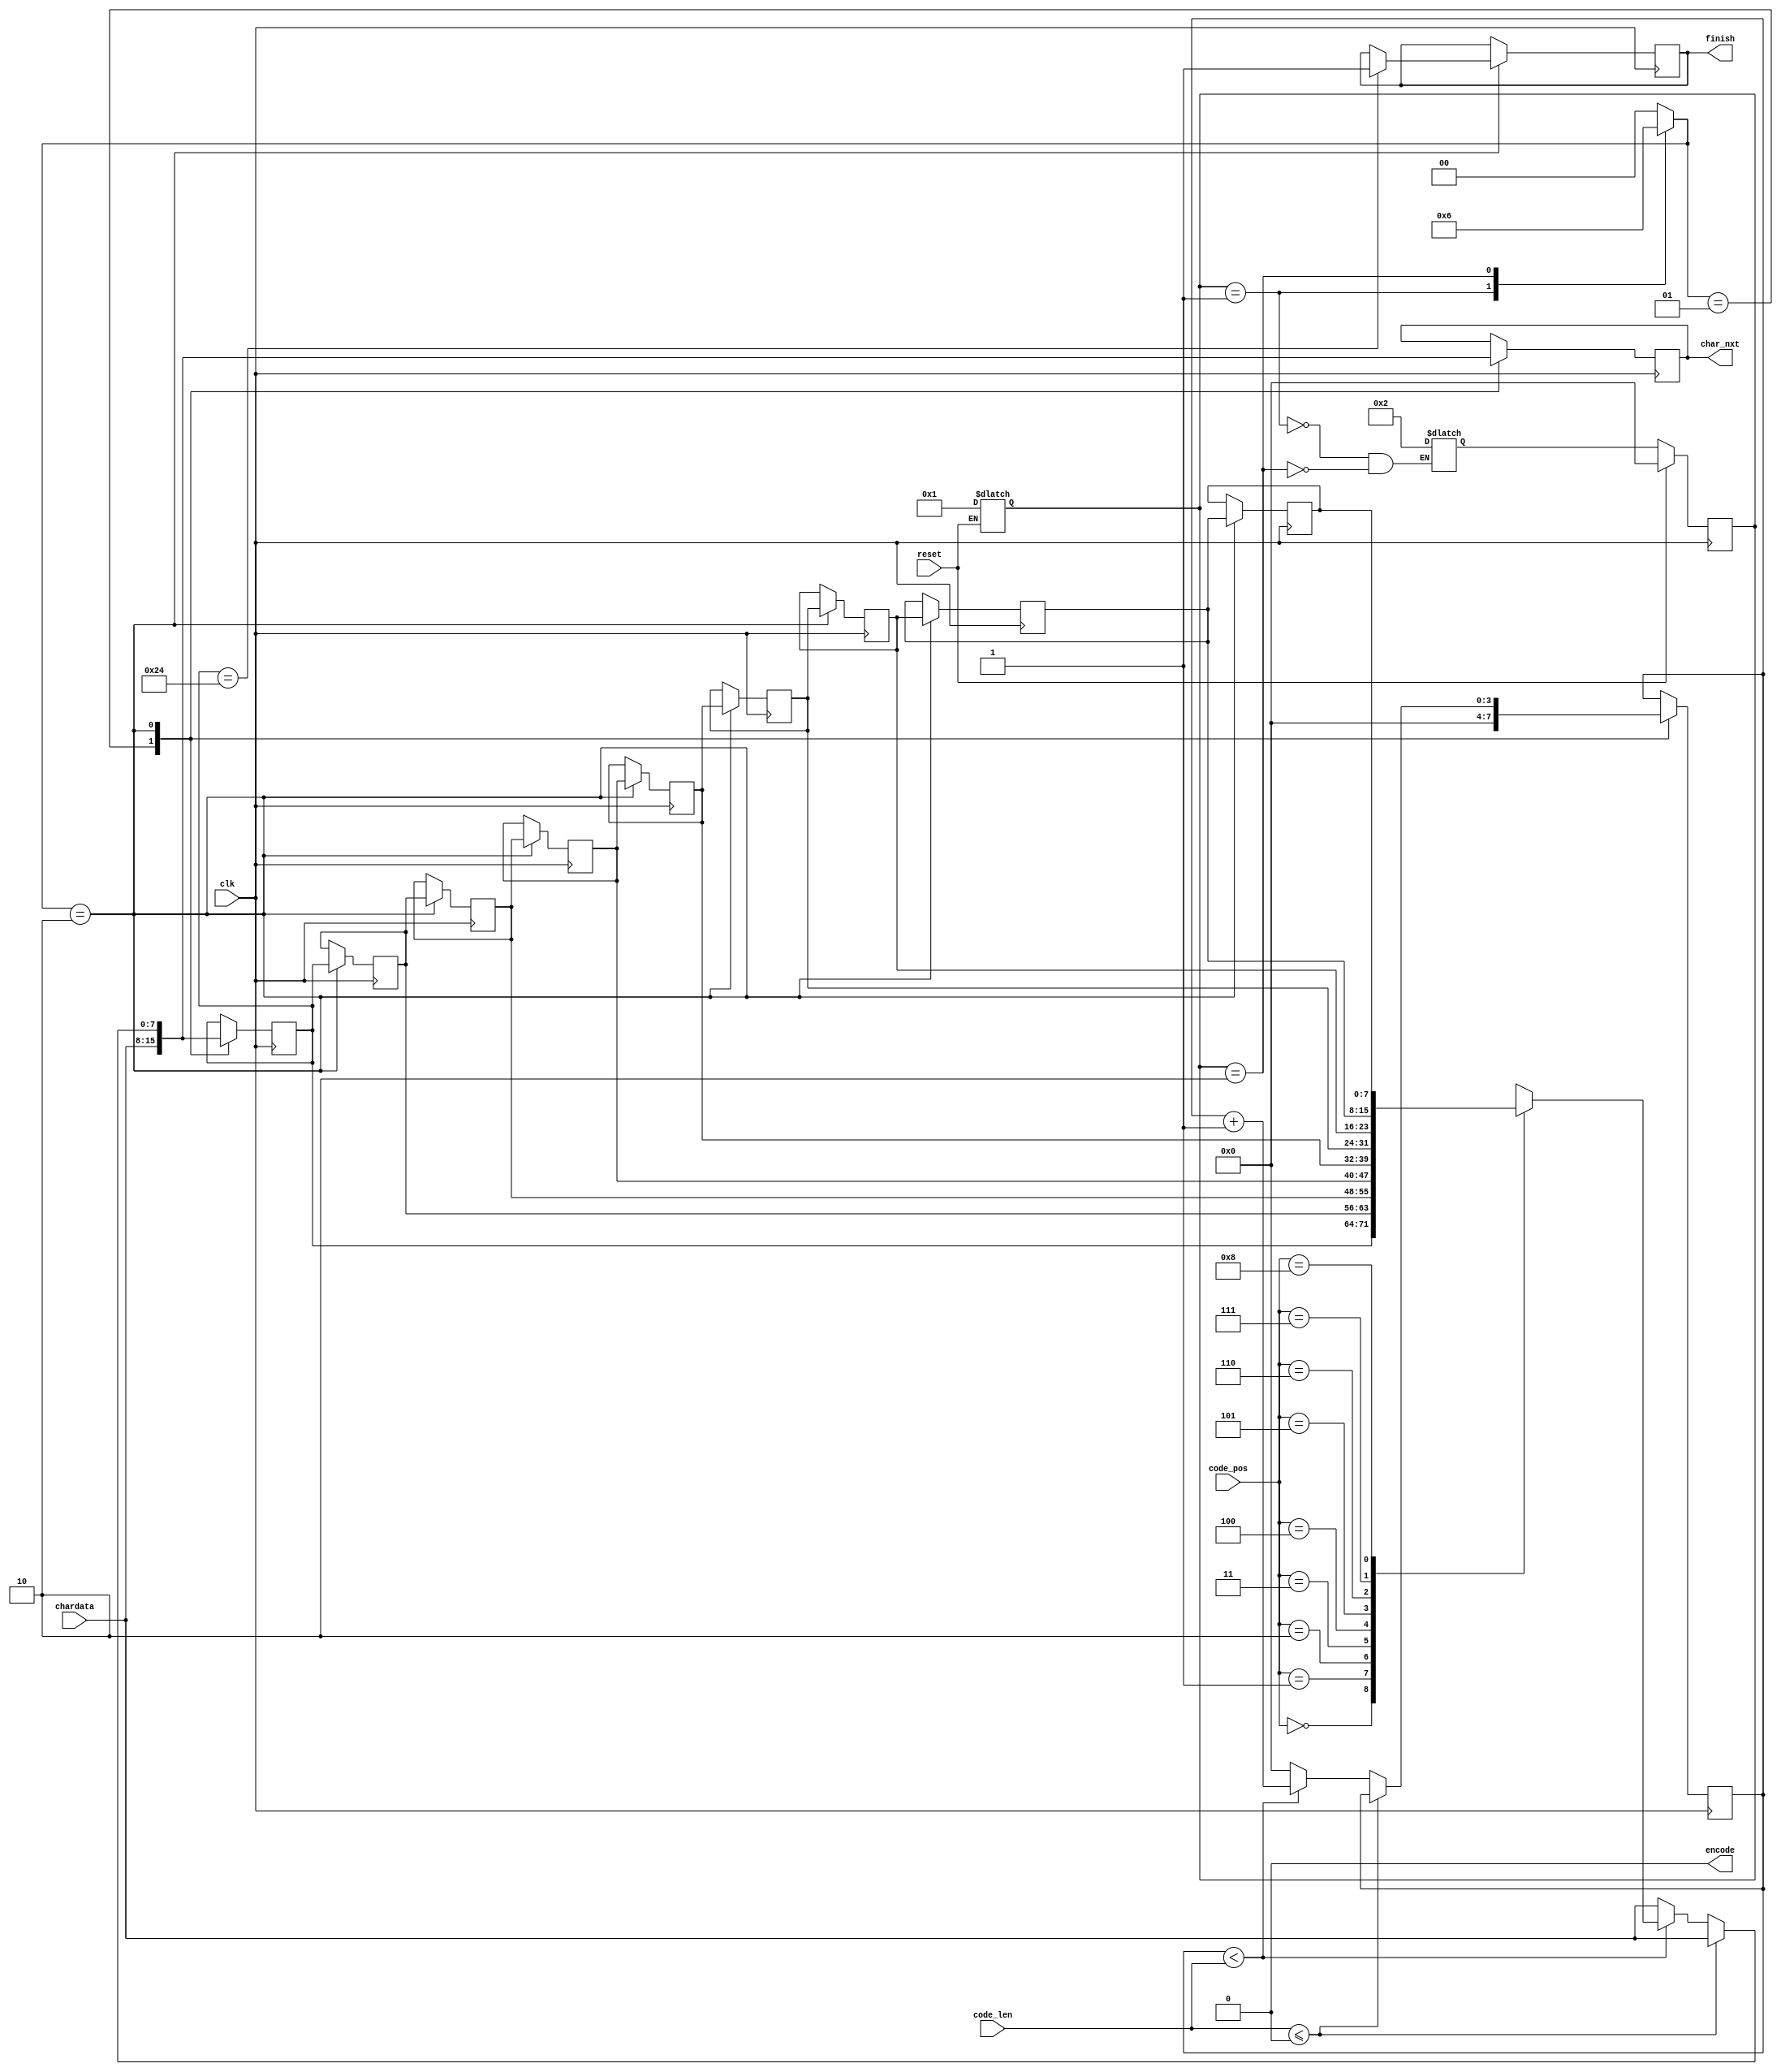
module LZ77_Decoder(clk,reset,code_pos,code_len,chardata,encode,finish,char_nxt);

input     clk;
input     reset;
input   [3:0]  code_pos;
input   [2:0]  code_len;
input   [7:0]  chardata;
output     encode;
output     finish;
output    [7:0]  char_nxt;

reg         [3:0]   currentstate, nextstate;
reg         [3:0]   control_signal;
reg                 finish, encode, no_sig;
reg         [7:0]   search_buffer [8:0];
reg         [3:0]   idx, i;
reg         [7:0]   char_nxt;
parameter   [3:0]   IDLE = 4'd0, first_decoding = 4'd1, decode = 4'd2;


initial begin
 finish <= 0;
 encode <= 0;
end

//state register
always@(posedge clk)
 if(!reset)
  currentstate <= nextstate;
 else
  currentstate <= IDLE;

always@(reset)
 if(!reset)
  currentstate = first_decoding;


//next state logic
always@(*)
 begin
  case(currentstate)
  first_decoding:
   begin
    nextstate = decode;
   end
  decode:
   begin
    nextstate = decode;
   end
  default:
   begin
    no_sig = 1;
   end

  endcase
 end

//output logic
always@(currentstate)
 begin
  case(currentstate)
  first_decoding:
   begin
    control_signal = 4'd1;
   end
  decode:
   begin
    control_signal = 4'd2;
   end

  default:
   begin
    control_signal = 4'd0;
   end
  endcase
  
 end

//
always@(posedge clk)
 begin
  case(control_signal)
  2'd1:   //first decoding
   begin
    char_nxt <= chardata;
    search_buffer[0] <= chardata;
    idx <= 0;
   end
  2'd2:   //decode search_buffer 
   begin
    for(i = 0; i <= 7; i = i + 1)
     search_buffer[i + 1] <= search_buffer[i];
    if(code_len <= 0)
     begin
      char_nxt <= chardata;
      search_buffer[0] <= chardata;
     end
    else
     begin
      if(idx < code_len)
       begin
        char_nxt <= search_buffer[code_pos];
        search_buffer[0] <= search_buffer[code_pos];
        idx <= idx + 1;
       end
      else
       begin
        char_nxt <= chardata;
        search_buffer[0] <= chardata;
        idx <= 0;
       end    
     end
    if(search_buffer[0] == 8'h24)
     finish <= 1;
   end
  default:
   begin
    no_sig <= 1;
   end
  endcase

 end

endmodule